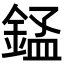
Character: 𬫬